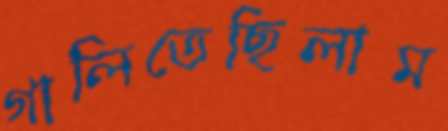
গালিতেছিলাম